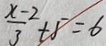
\frac { x - 2 } { 3 } t 5 = 6